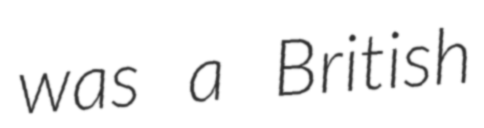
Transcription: was a British